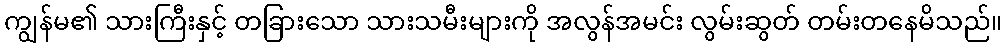
ကျွန်မ၏ သားကြီးနှင့် တခြားသော သားသမီးများကို အလွန်အမင်း လွမ်းဆွတ် တမ်းတနေမိသည်။